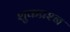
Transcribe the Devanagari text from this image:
शुकप्रश्न